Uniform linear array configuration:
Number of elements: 8
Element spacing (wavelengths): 0.25
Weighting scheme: binomial
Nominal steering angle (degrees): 0
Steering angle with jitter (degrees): -0.4512
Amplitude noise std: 0.05
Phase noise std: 0.05

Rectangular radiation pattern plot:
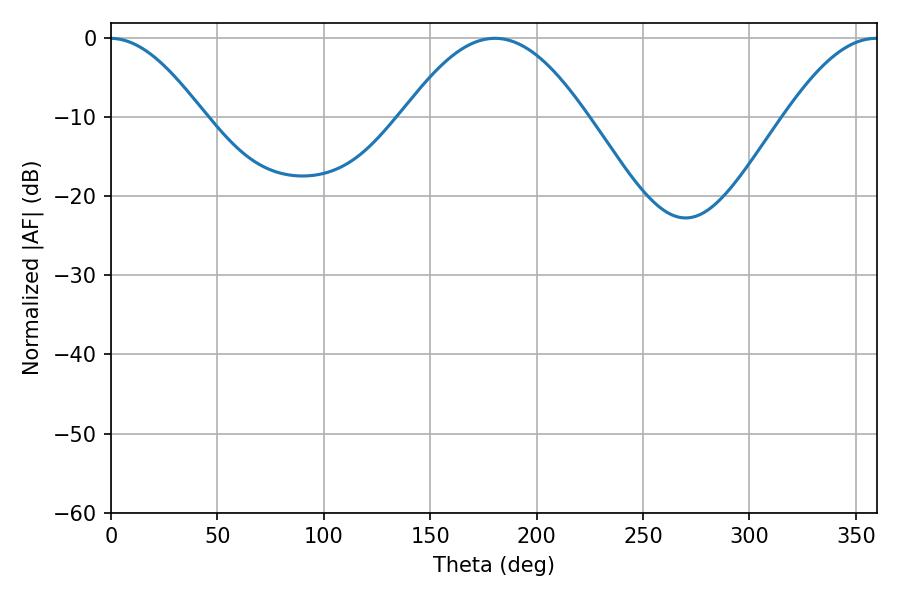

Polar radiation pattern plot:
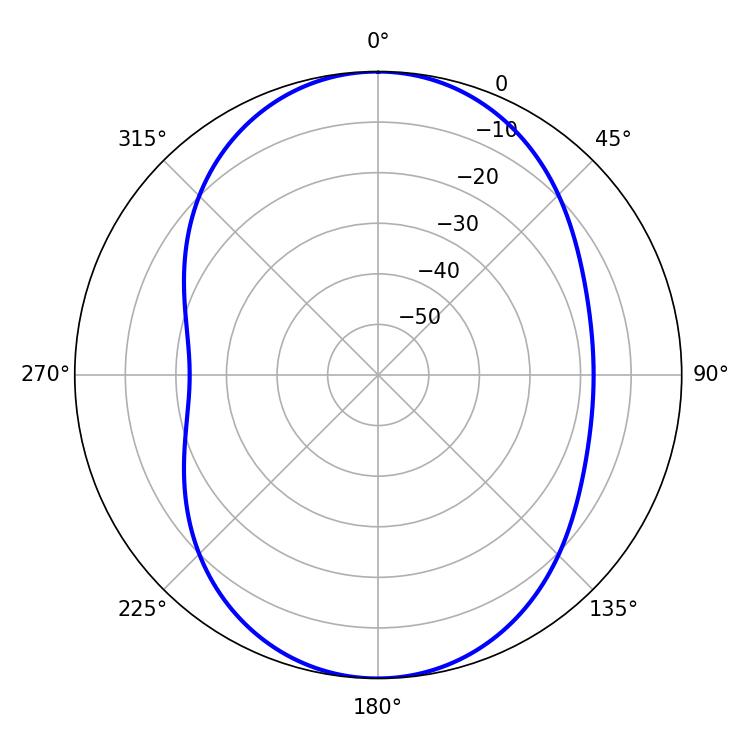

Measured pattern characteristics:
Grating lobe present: FALSE
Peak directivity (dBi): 21.629
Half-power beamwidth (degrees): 46.62
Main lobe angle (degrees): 180.36